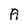
Character: A